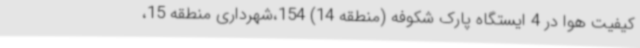
کیفیت هوا در 4 ایستگاه پارک شکوفه (منطقه 14) 154،شهرداری منطقه 15،